Source: Handwritten
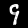
Digit: ၄ (4)